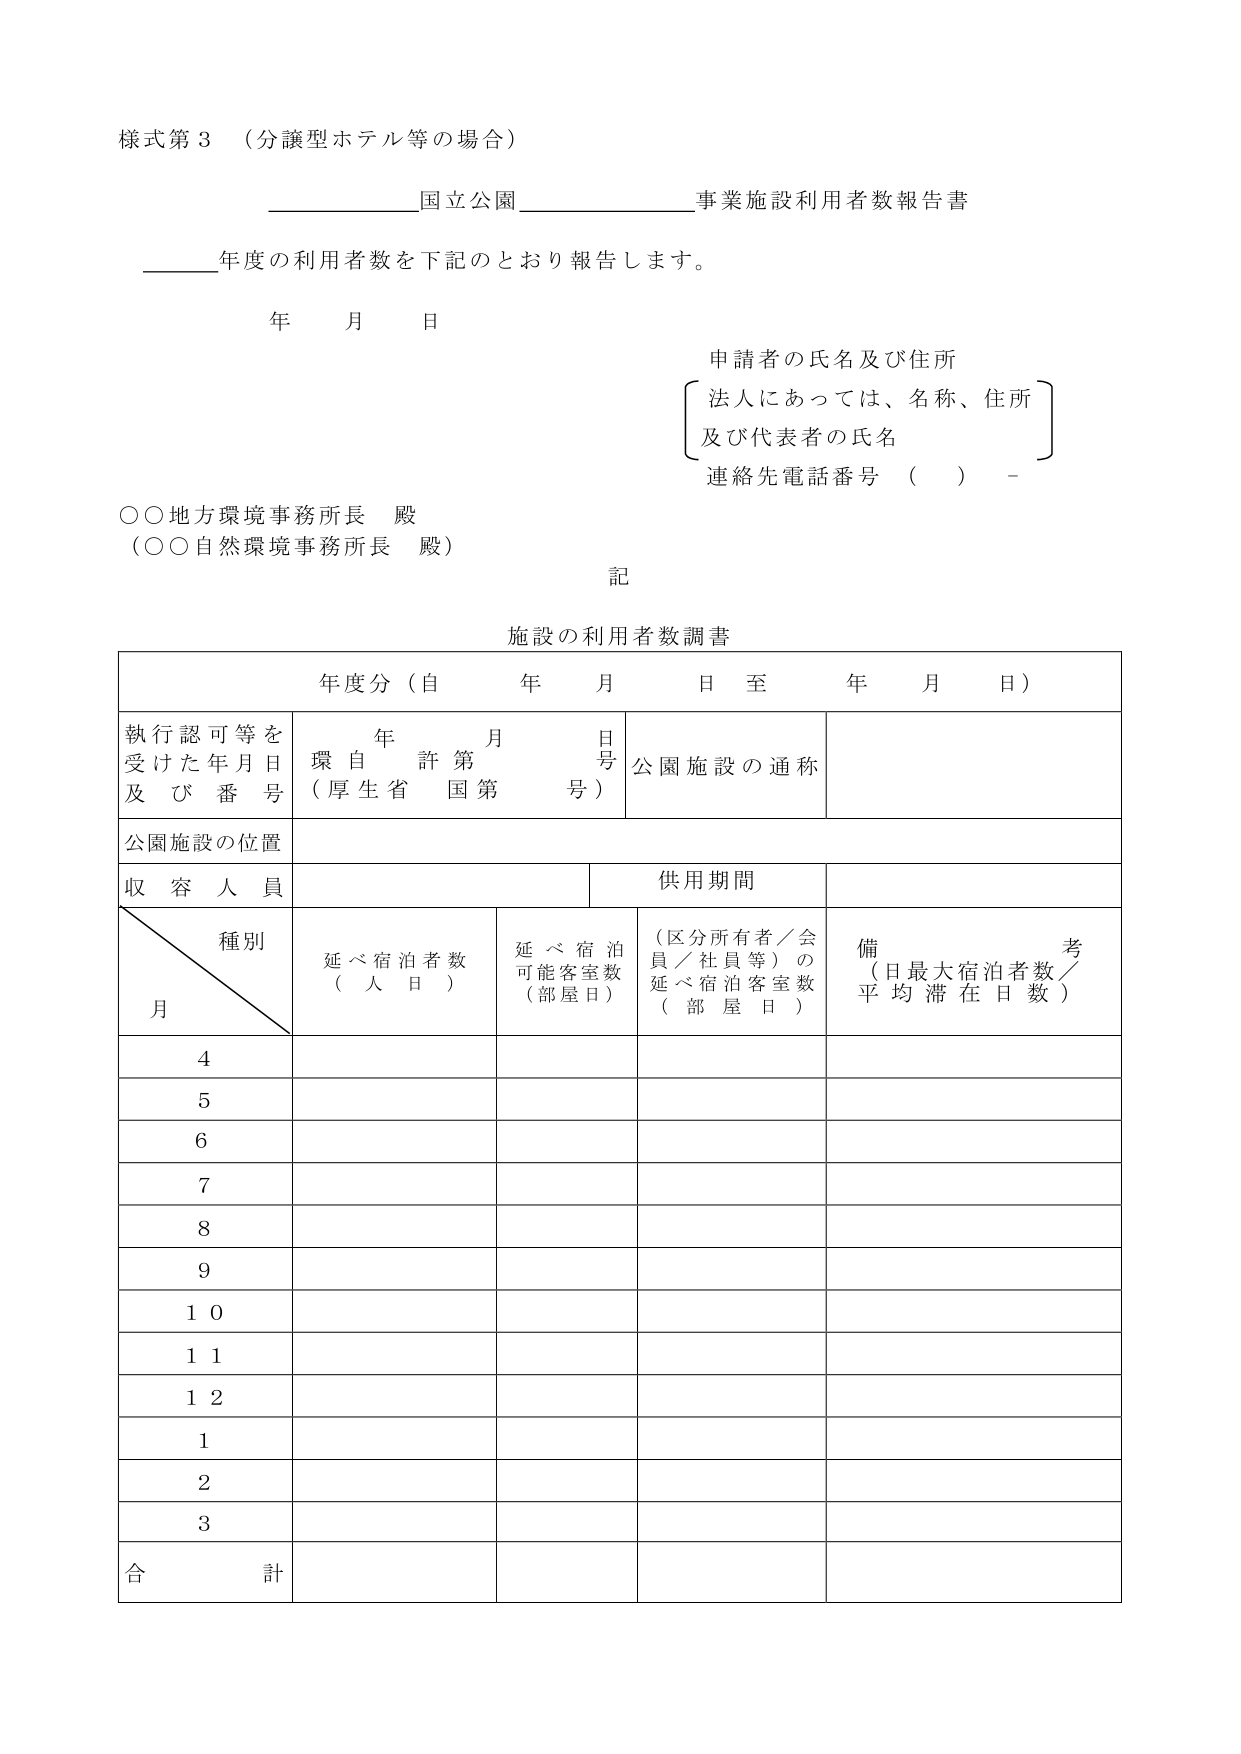
様式第3 （分譲型ホテル等の場合）

国立公園 事業施設利用者数報告書

____年度の利用者数を下記のとおり報告します。

年 月 日

申請者の氏名及び住所
〔法人にあっては、名称、住所
及び代表者の氏名〕
連絡先電話番号 （ ） -

○○地方環境事務所長 殿
（○○自然環境事務所長 殿）

記

施設の利用者数調査

年度分（自 年 月 日 至 年 月 日）

執行認可等を
受けた年月日
及び番号
年 月 日
環自許第 号
（厚生省 国第 号）
公園施設の通称

公園施設の位置

収容人員
供用期間

種別
月
延べ宿泊者数
（人日）
延べ宿泊
可能客室数
（部屋日）
（区分所有者／会員／社員等）の
延べ宿泊客室数
（部屋日）
備考
（日最大宿泊者数／
平均滞在日数）

4

5

6

7

8

9

10

11

12

1

2

3

合計